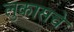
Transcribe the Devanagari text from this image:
लुकासचे